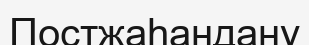
Постжаһандану